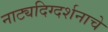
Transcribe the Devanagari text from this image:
नाट्यदिग्दर्शनाचे